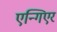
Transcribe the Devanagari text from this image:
एन्गिएर